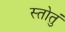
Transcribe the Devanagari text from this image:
स्तोतुं